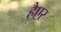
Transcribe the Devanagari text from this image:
हैएर